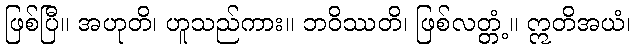
ဖြစ်ပြီ။ အဟုတိ၊ ဟူသည်ကား။ ဘဝိဿတိ၊ ဖြစ်လတ္တံ့။ ဣတိအယံ၊